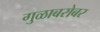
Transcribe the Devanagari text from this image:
गुळाबरोबर